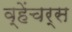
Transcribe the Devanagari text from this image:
व्हेंचर्स